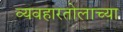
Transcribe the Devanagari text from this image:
व्यवहारतोलाच्या